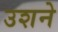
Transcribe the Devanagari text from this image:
उशने